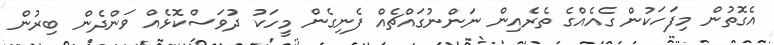
އެގޮތުން މިފަހަކުން ގެއެއްގެ ތެރެއިން ނަންނުގައްޗެއް ފެނިގެން މީހަކު ދުވަސްކޮޅެއް ވަންދެން ބިރުން